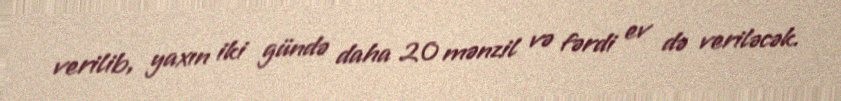
verilib, yaxın iki gündə daha 20 mənzil və fərdi ev də veriləcək.